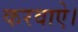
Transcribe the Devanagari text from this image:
करवाऐ।